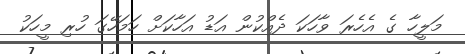
މަލީހާ ގެ އެހެރަ ވާހަކަ ދެއްކުން އަޑު އަހާކަށް ހަމަހޭގަ ހުރި މީހަކު